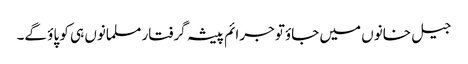
جیل خانوں میں جاؤتو جرائم پیشہ گرفتار مسلمانوں ہی کو پاؤ گے۔